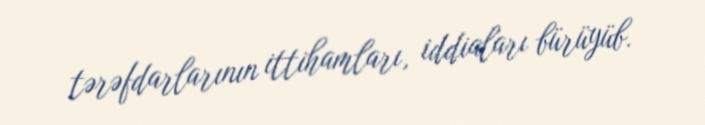
tərəfdarlarının ittihamları, iddiaları bürüyüb.